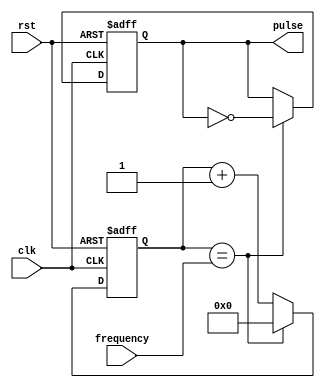
module variable_freq_pulse_generator (
    input clk,
    input rst,
    input [31:0] frequency,
    output reg pulse
);

reg [31:0] count = 0;

always @(posedge clk or posedge rst) begin
    if (rst) begin
        count <= 0;
        pulse <= 0;
    end else begin
        count <= count + 1;
        if (count == frequency) begin
            pulse <= ~pulse;
            count <= 0;
        end
    end
end

endmodule